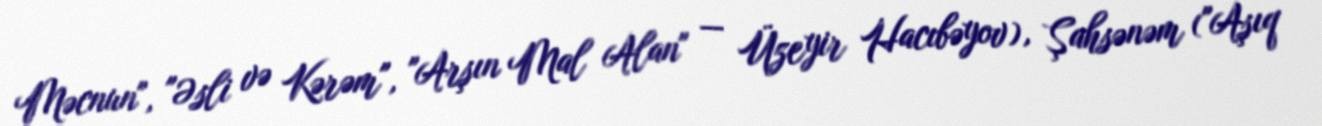
Məcnun", "Əsli və Kərəm", "Arşın Mal Alan" — Üzeyir Hacıbəyov), Şahsənəm ("Aşıq